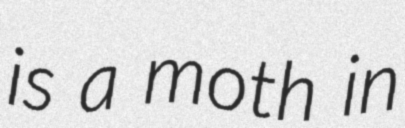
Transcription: is a moth in